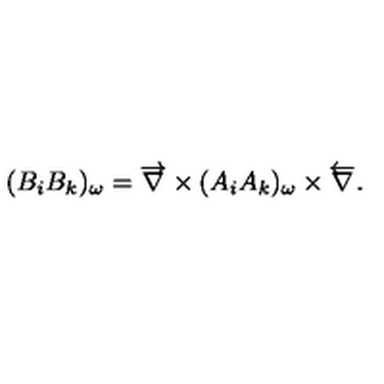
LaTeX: ( B _ { i } B _ { k } ) _ { \omega } = \overrightarrow { { \bf \nabla } } \times ( A _ { i } A _ { k } ) _ { \omega } \times \overleftarrow { { \bf \nabla } } .